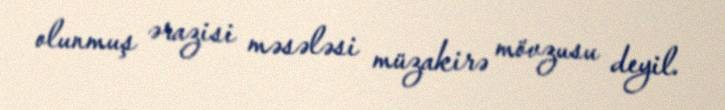
olunmuş ərazisi məsələsi müzakirə mövzusu deyil.